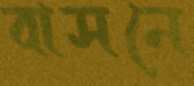
বাসনে